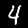
Label: 4